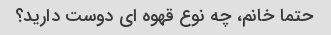
حتما خانم، چه نوع قهوه ای دوست دارید؟